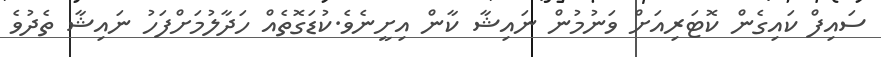
ސައިފް ކައިގެން ކޮޓަރިއަށް ވަނުމުން ނައިޝާ ކާން އިށީނެވެ.ކުޑަގޮތެއް ހަދާލުމަށްފަހު ނައިޝާ ތެދުވެ